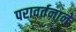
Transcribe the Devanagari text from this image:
परावर्तनाने